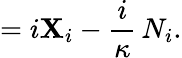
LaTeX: =i\mathbf{X}_{i}-\frac{{i}}{\kappa}\, N_{i}.